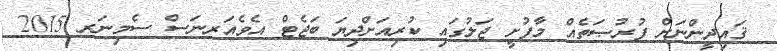
ޤައިދީންނަށް ފުރުޞަތެއް މާފުށީ ޖަލުގައި ކުރިއަށްދިޔަ ބަޖެޓް އެވެއަރނަސް ސެމިނަރ 2015